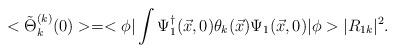
LaTeX: \begin{align*}<\tilde{\Theta}_{k}^{(k)} (0)> = <\phi|\int \Psi_{1}^{\dagger} (\vec{x},0)\theta_{k}(\vec{x}) \Psi_{1}(\vec{x},0) |\phi> |R_{1k}|^2.\end{align*}